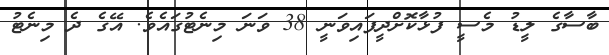
ބާސާގެ ލީޑު މެސީ ފުޅާކޮށްދީފައިވަނީ 38 ވަނަ މިނެޓުގައެވެ. އޭގެ ދެ މިނެޓު